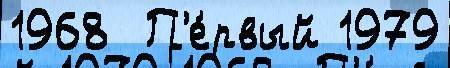
1968  П'е́рвый 1979